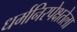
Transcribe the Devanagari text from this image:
धर्मनिरपेक्षतेला